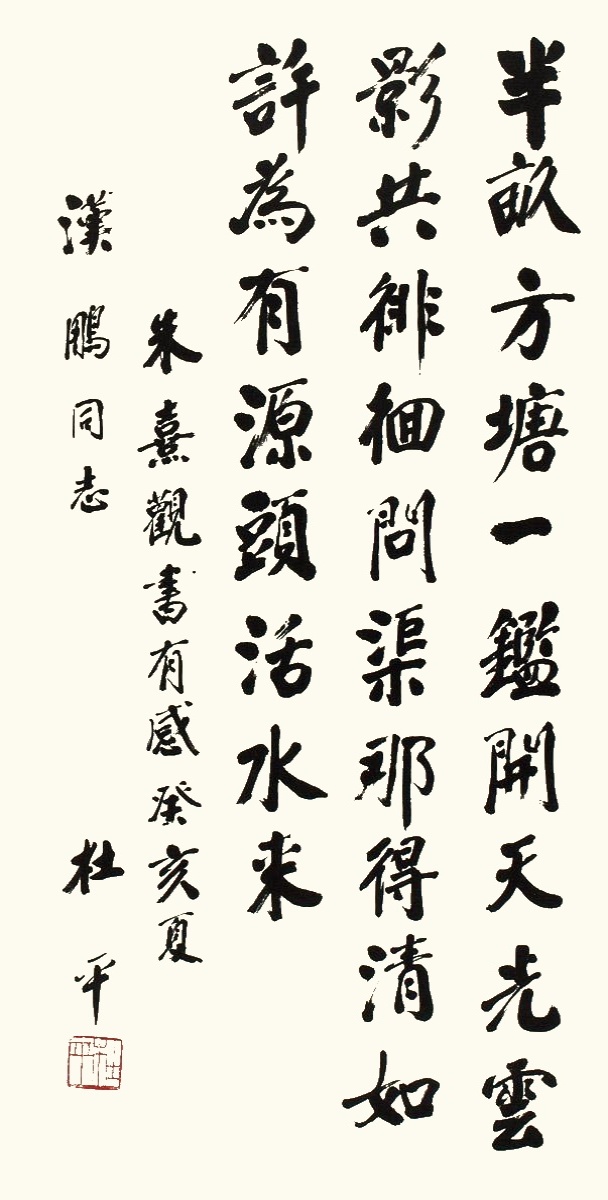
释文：半亩方塘一鉴开，天光云影共徘徊，问渠那得清如许，为有源头活水来。朱熹观书有感，癸亥夏，汉鹏同志，杜平。